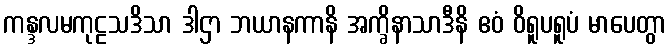
ကန္ဒလမကုဠသဒိသာ ဒါဌာ ဘယာနကာနိ အက္ခိနာသာဒီနိ ဧဝံ ဝိရူပရူပံ မာပေတွာ